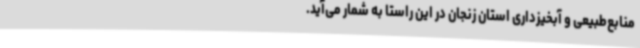
منابع‌طبیعی و آبخیزداری استان زنجان در این راستا به شمار می‌آید.